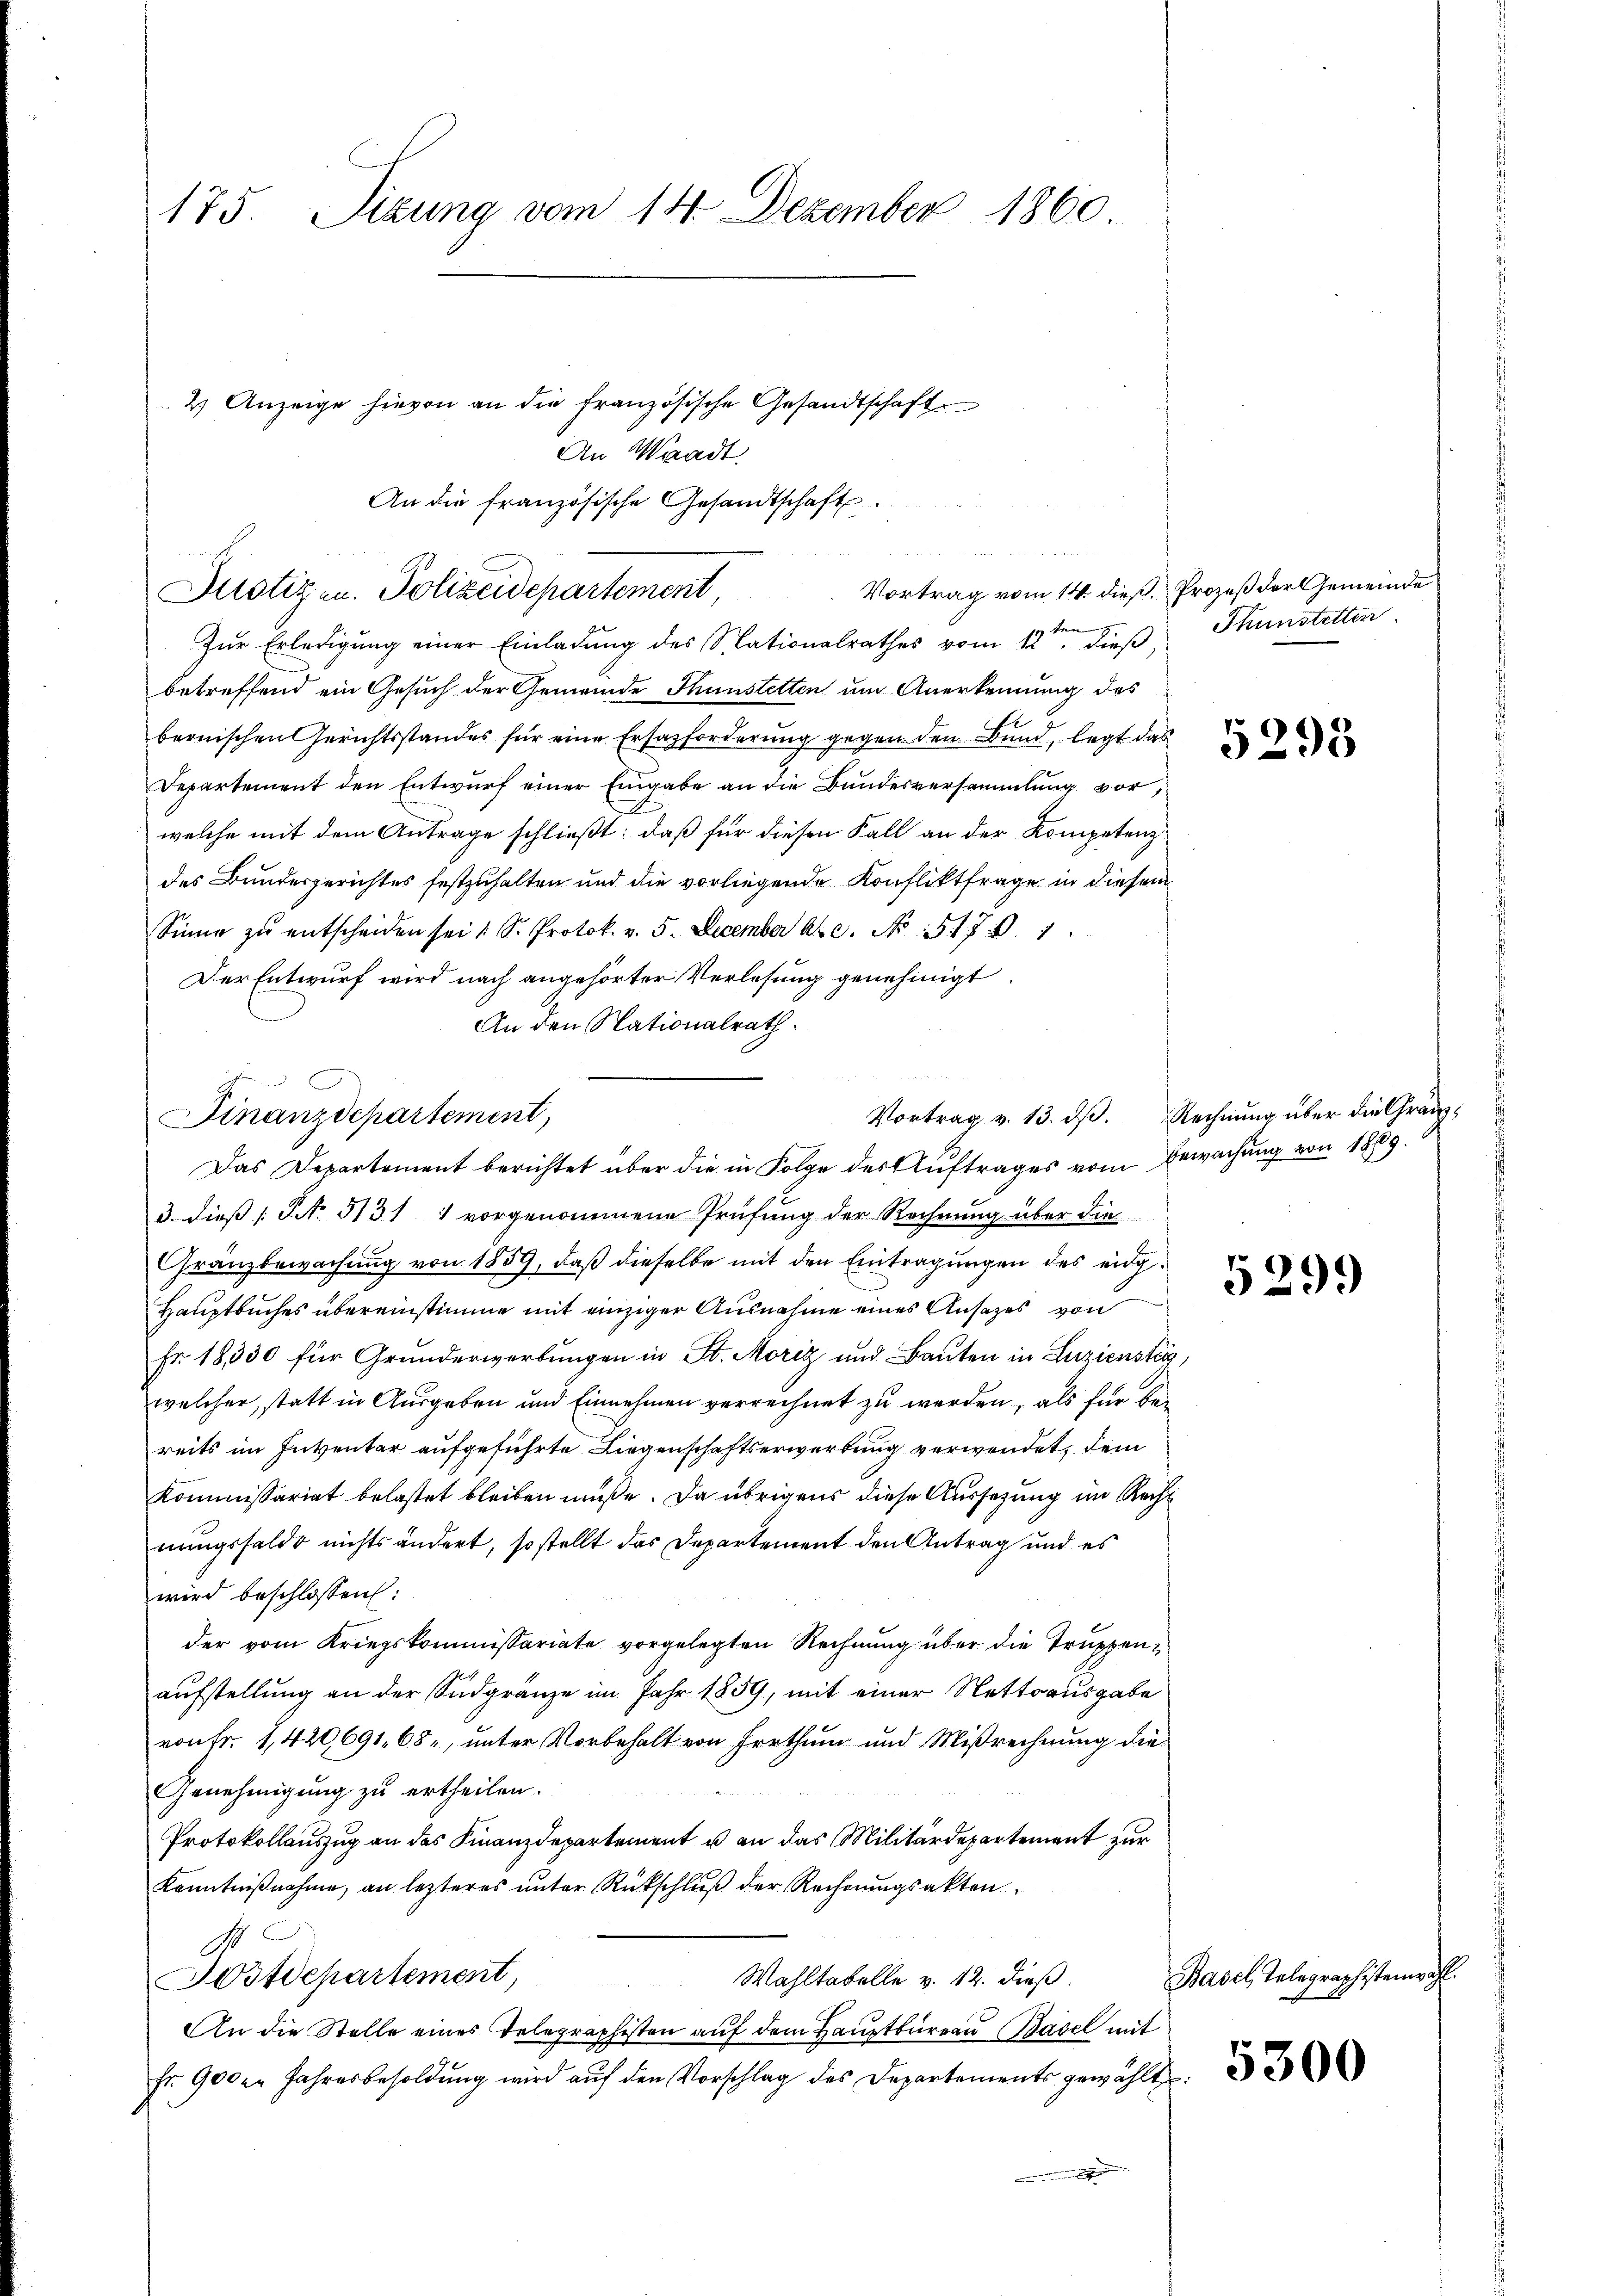
175. Sizung vom 14. Dezember 1860

Vortrag vom 14. dieß. Prozeß der Gemeinde
Zur Erledigung einer Einladung des Silationalrathes vom 12ten dieß
betreffend ein Gesuch der Gemeinde Thunstetten um Anerkennung des
bernischen Gerichtsstandes für eine Ersazforderung gegen den Bund, legt das
Departement den Entwurf einer Eingabe an die Bundesversammlung vor,
welche mit dem Antrage schließt: daß für diesen Fall an der Kompetenz
des Bundesgerichtes festzuhalten und die vorliegende Konfliktfrage in diesem
Sinne zŭ entscheiden sei 1 S. Protok. v. 5. December a.c. No 517. 1
Der Entwurf wird nach angehörter Verlesung genehmigt.
An den Nationalrath.
3. dieß [No 5131 1 vorgenommene Prüfung der Rechnung über die
Gränzbewachung von 1859, daß dieselbe mit den Eintragungen des eidg¬
Hauptbuches übereinstimme mit einziger Ausnahme eines Ansatzes von
Fr. 18,530 für Grunderwerbungen in St. Moriz und Bauten in Luzienstag,
welcher, statt in Ausgaben und Einnehmen verrechnet zu werden, als für bereits im Inventar aufgeführte Liegenschaftserwerbung verwendet, dem
Kommissariat belastet bleiben müße. Da übrigens diese Aussezung im Rechnungsfelde nichts ändert, so stellt das Departement den Antrag und es
wird beschlossen:
der vom Kriegskommissariate vorgelegten Rechnung über die Truppen
aufstellung an der Sadgränze im Jahr 1859, mit einer Nettoausgabe
von Fr. 1,420,691, 68, unter Vorbehalt von Irrthum und Mißrechnung die
Genehmigung zu ertheilen.
Protokollauszug an das Finanzdepartement u an das Militärdepartement zur
Kenntnißnahme, an lezteres unter Rückschluß der Rechnungsakten
Postdepartement,
Wahltabelle v. 12. dieß.
An die Stelle eines Telegraphisten auf dem Hauptbureau Basel mit
fr. 900er Jahresbesoldung wird auf den Vorschlag des Departements gewählt

2) Anzeige hievon an die französische Gesandtschaft
An Waadt.
An die französische Gesandtschaft.
u
Justizen. Polizeidepartement,

Finanzdepartement,
Das Departement berichtet über die in Folge des Auftrages vom Bewachung von 1809.

Thunstetten.
5298

Vortrag v. 13. dβ. Rechnŭng über die Gränz¬

5299

5300

Basel, Telegraphistenwahl.